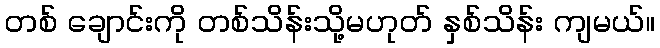
တစ် ချောင်းကို တစ်သိန်းသို့မဟုတ် နှစ်သိန်း ကျမယ်။